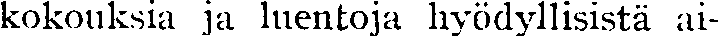
kokouksia ja luentoja hyödyllisistä ai-